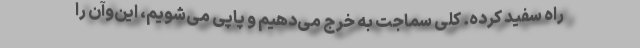
راه سفید کرده. کلی سماجت به خرج می‌دهیم و پاپی می‌شویم، این‌وآن را